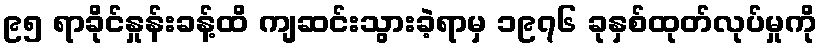
၉၅ ရာခိုင်နှုန်းခန့်ထိ ကျဆင်းသွားခဲ့ရာမှ ၁၉၇၆ ခုနှစ်ထုတ်လုပ်မှုကို